65_HS1-101634279_100-DE-26505
Agency: FBI
Incident date: 11/7/57
Incident location: Germany
Page 3
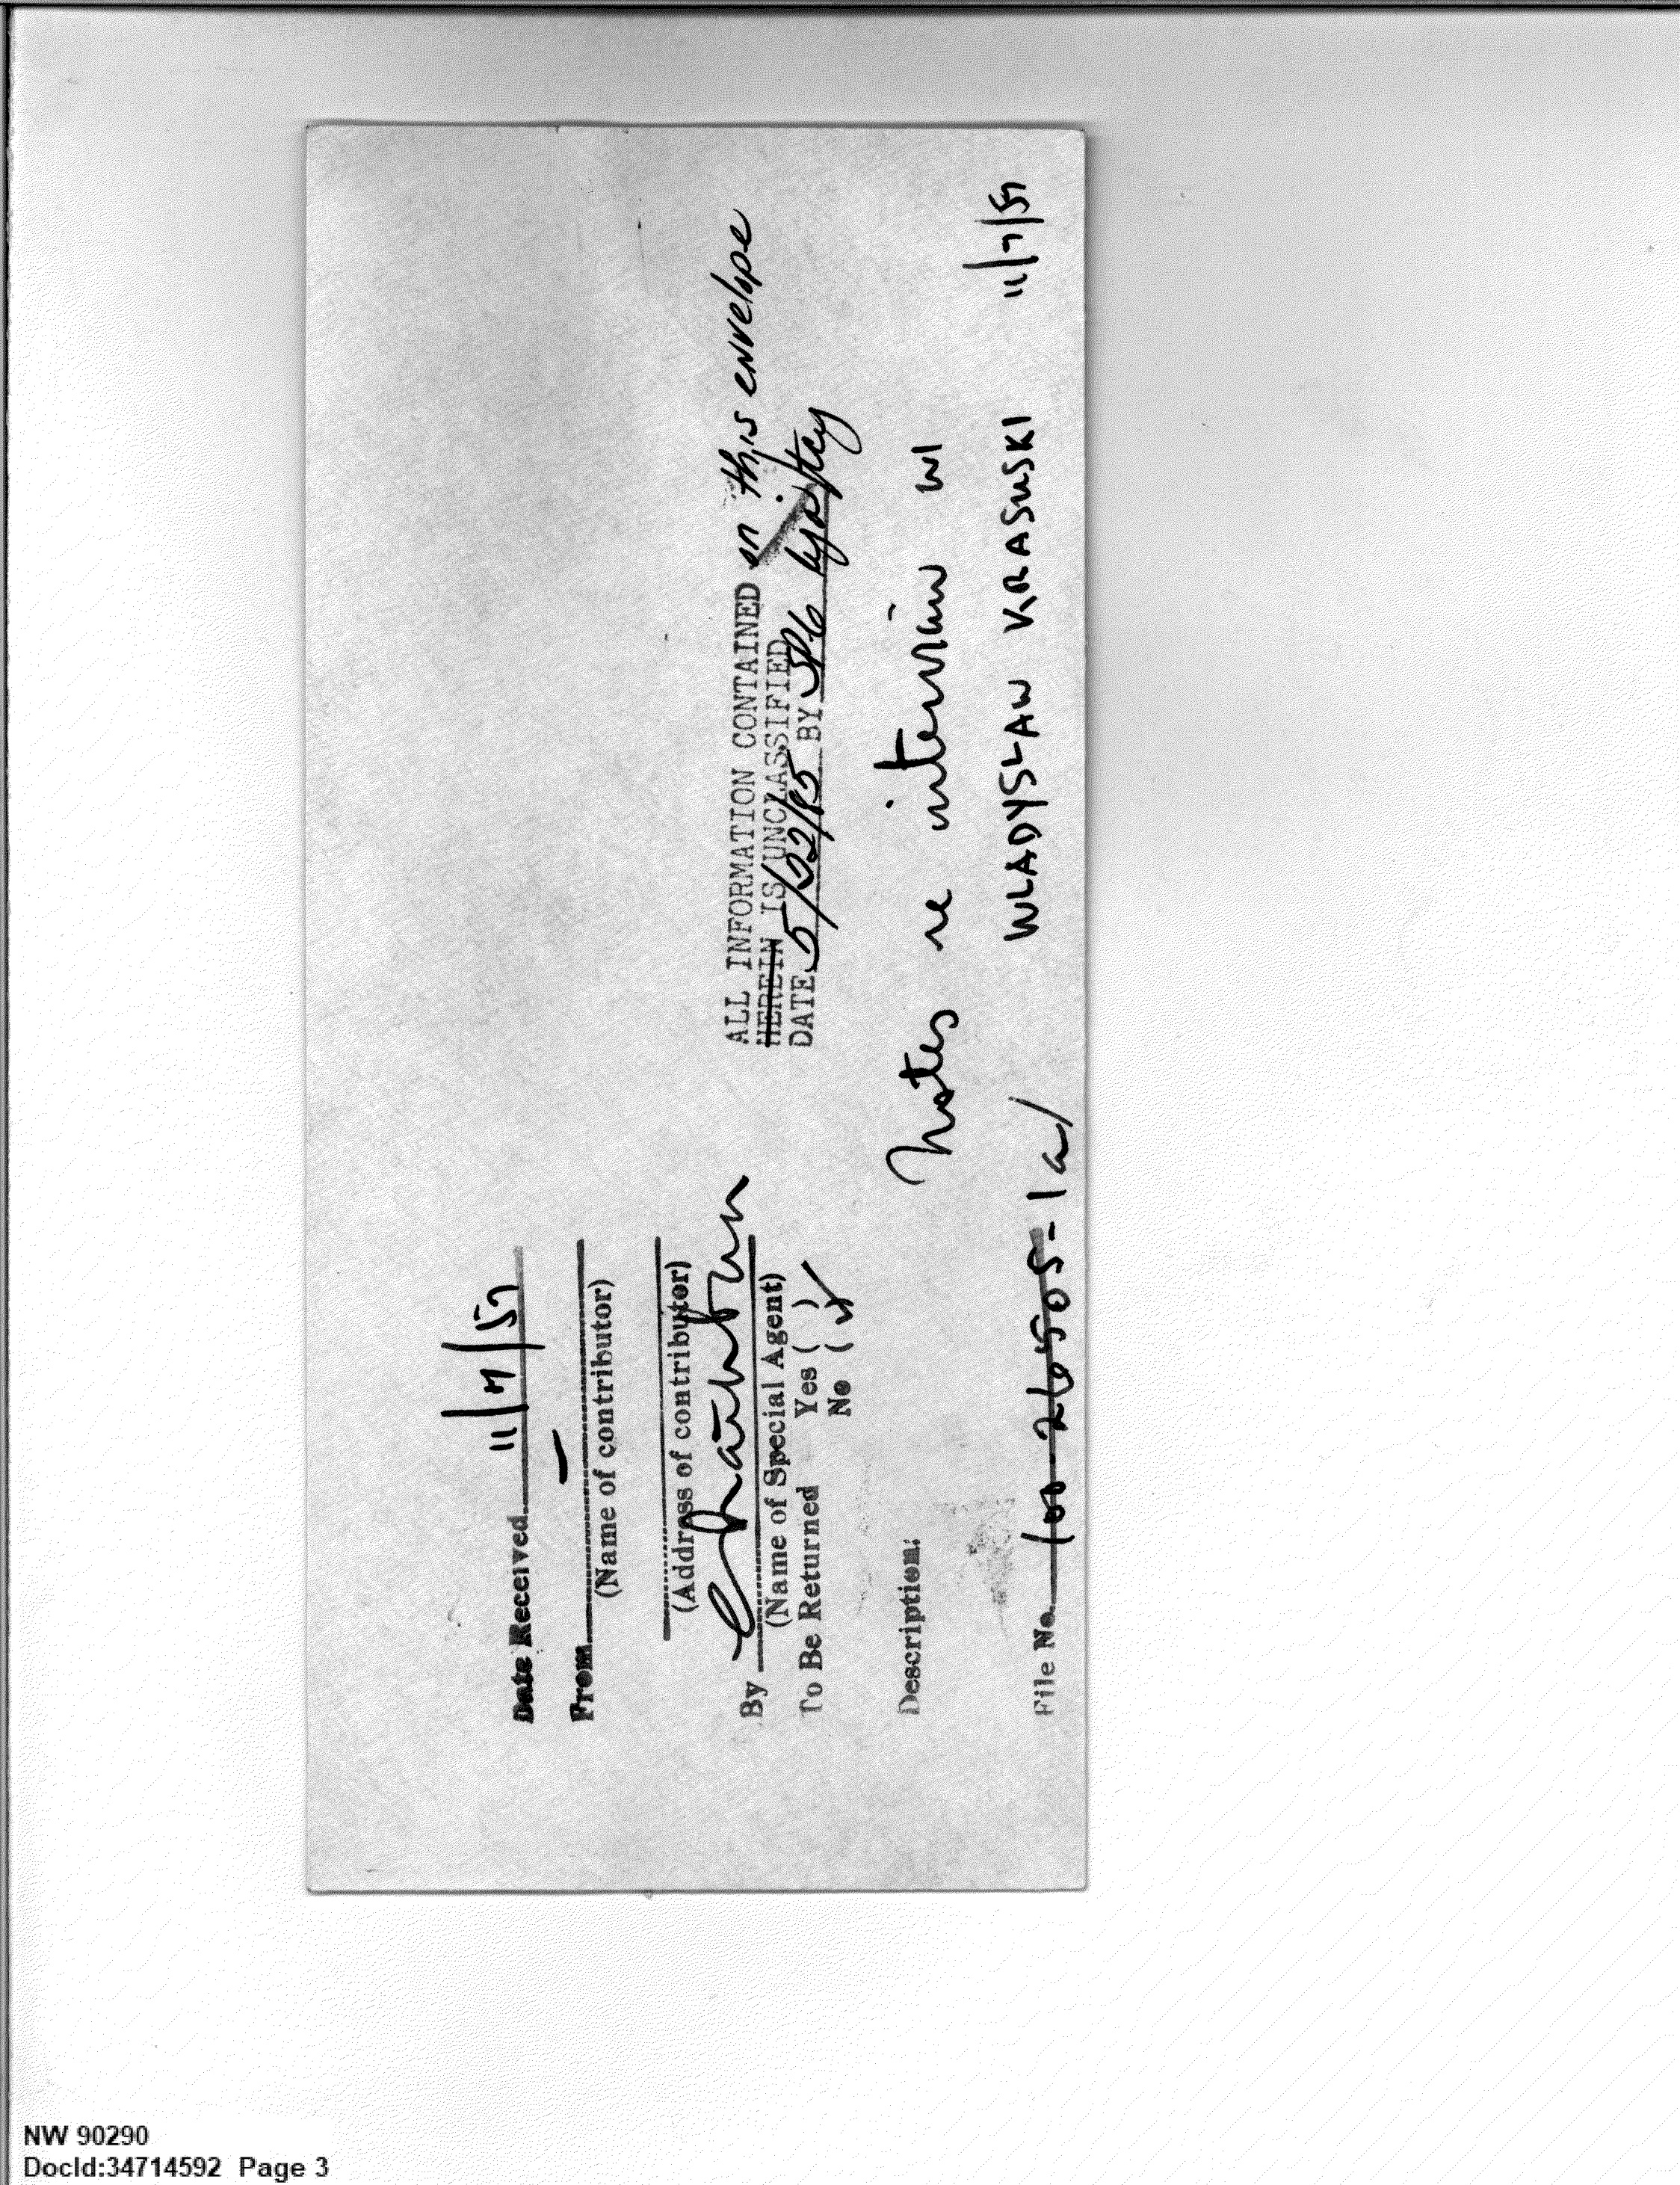